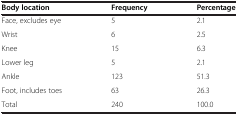
| Body location | Frequency | Percentage |
 | --- | --- | --- |
 | Face, excludes eye | 5 | 2.1 |
 | Wrist | 6 | 2.5 |
 | Knee | 15 | 6.3 |
 | Lower leg | 5 | 2.1 |
 | Ankle | 123 | 51.3 |
 | Foot, includes toes | 63 | 26.3 |
 | Total | 240 | 100.0 |